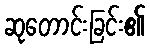
ဆုတောင်းခြင်း၏